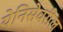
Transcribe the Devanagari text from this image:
येनिसेवरील